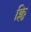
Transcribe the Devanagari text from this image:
क्लि